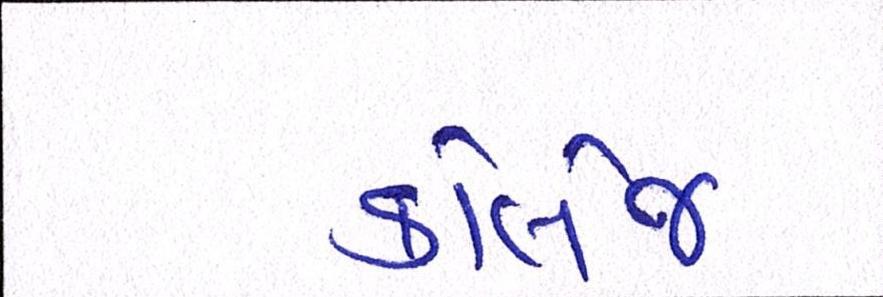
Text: કોલેજ